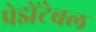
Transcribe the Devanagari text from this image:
प्रेझेंटेबल